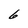
Character: 6